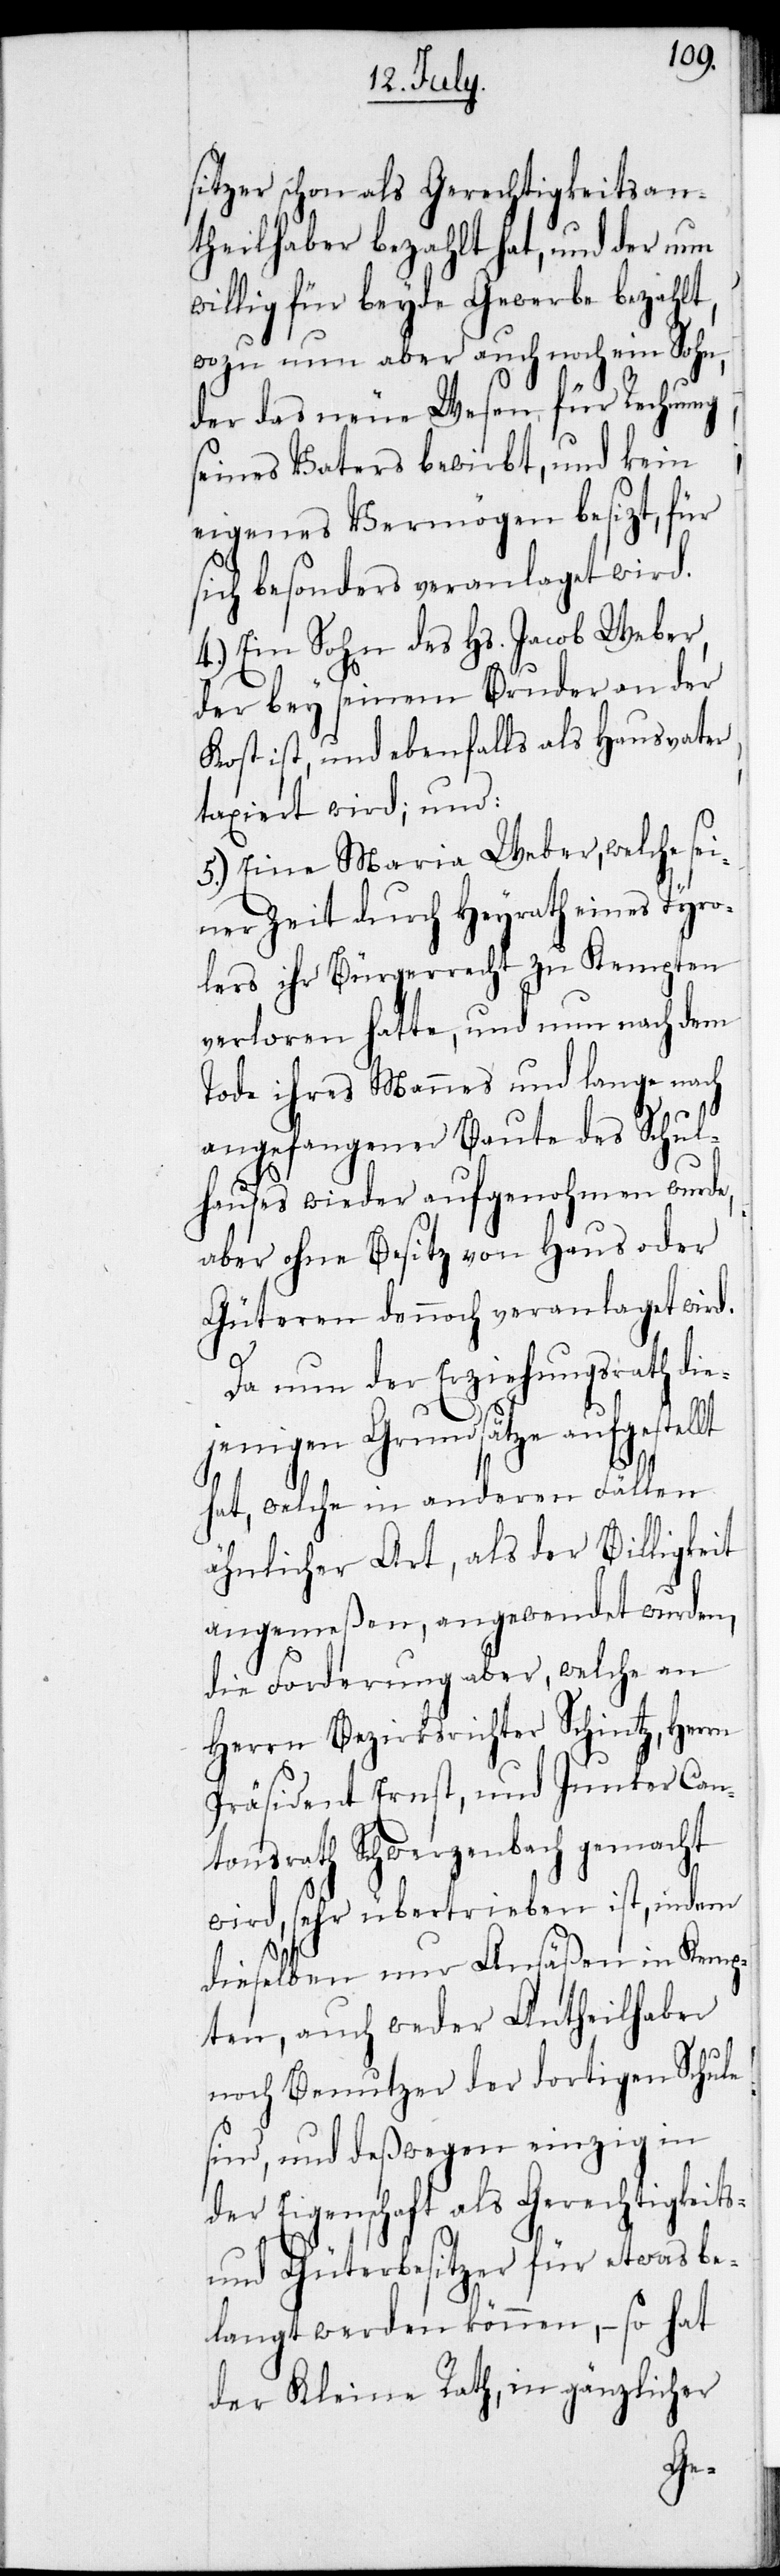
sitzer schon als Gerechtigkeitsan¬
theilhaber bezahlt hat, und der nun
willig für beyde Gewerbe bezahlt,
wozu nun aber auch noch ein Sohn,
der das neue Wesen für Rechnung
seines Vaters bewirbt, und kein
eigenes Vermögen besizt, für
sich besonders veranlaget wird.
4.) Ein Sohn des Hs. Jacob Weber,
der bey seinem Bruder an der
Kost ist, und ebenfalls als Hausvater
taxiert wird; und:
5.) Eine Maria Weber, welche sei¬
ner Zeit durch Heyrath eines Tyro¬
lers ihr Bürgerrecht zu Kempten
verloren hatte, und nun nach dem
Tode ihres Mannes und lange nach
angefangener Baute des Schul¬
hauses wieder aufgenohmen wurde,
aber ohne Besitz von Haus oder
Güteren dennoch veranlaget wird.
Da nun der Erziehungsrath di¬
ejenigen Grundsätze aufgestellt
hat, welche in anderen Fällen
ähnlicher Art, als der Billigkeit
angemeßen, angewendet wurden,
die Forderung aber, welche an
Herrn Bezirksrichter Schintz, Herrn
Präsident Ernst, und Junker Can¬
tonsrath Schwerzenbach gemacht
wird, sehr übertrieben ist, indem
dieselben nur Ansäßen in Kemp¬
ten, auch weder Antheilhaber
noch Benutzer der dortigen Schule
sind, und deßwegen einzig in
der Eigenschaft als Gerechtigkeits-
und Güterbesitzer für etwas be¬
langt werden können, – so hat
der Kleine Rath, in gänzlicher